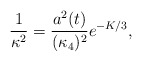
\begin{align*}\frac{1}{\kappa^2}=\frac{a^2(t)}{(\kappa_4)^2 } e^{-K/3},\end{align*}